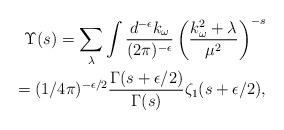
LaTeX: \begin{align*} {\Upsilon}(s) =\sum_{\lambda} \int {d^{-\epsilon} k_{\omega}\over (2\pi)^{-\epsilon}} \left({k_{\omega}^2+\lambda\over \mu^2}\right)^{-s} \\ = (1/4\pi)^{-\epsilon/2}{\Gamma(s+\epsilon/2)\over \Gamma(s)}\zeta_1(s+\epsilon/2),\end{align*}